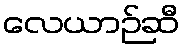
လေယာဉ်ဆီ